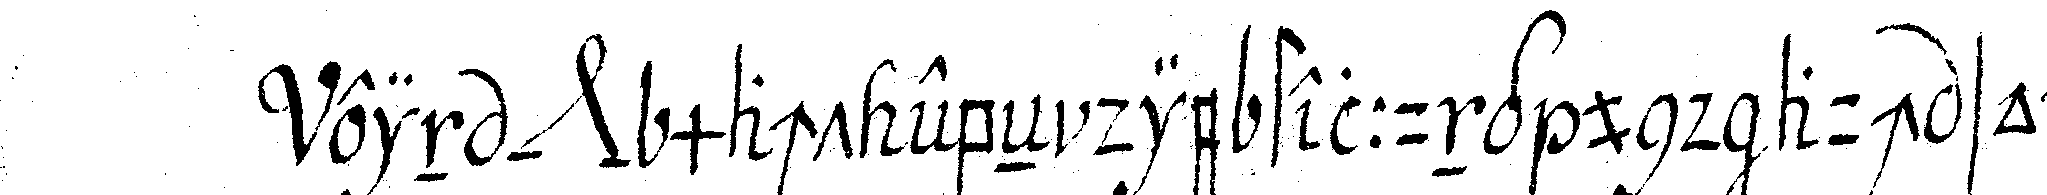
ein *nee* macht ebeN die stellung und auch so